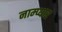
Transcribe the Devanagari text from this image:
नाम्प्यार